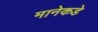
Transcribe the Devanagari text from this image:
मानेकडे